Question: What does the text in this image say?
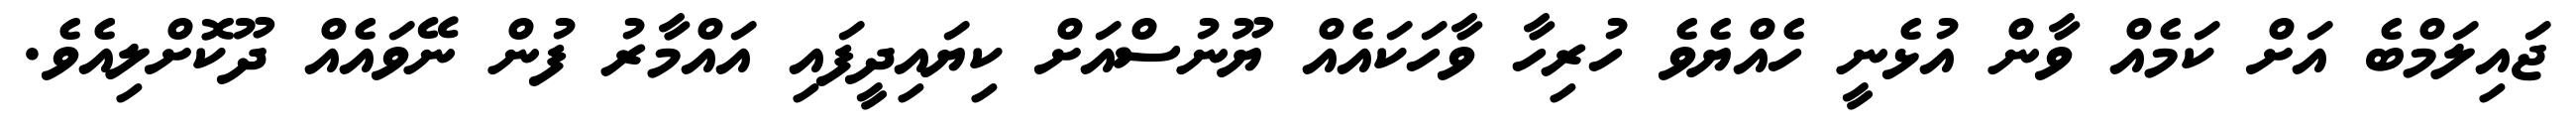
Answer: ޖައިލަމްބެ އަށް ކަމެއް ވާން އުޅެނީ ހެއްޔެވެ ހުރިހާ ވާހަކައެއް ޔޫނުސްއަށް ކިޔައިދީފައި އައްމާރު ފުން ނޭވައެއް ދޫކޮށްލިއެވެ.